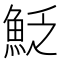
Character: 𩶟